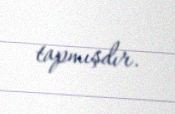
tapmışdır.